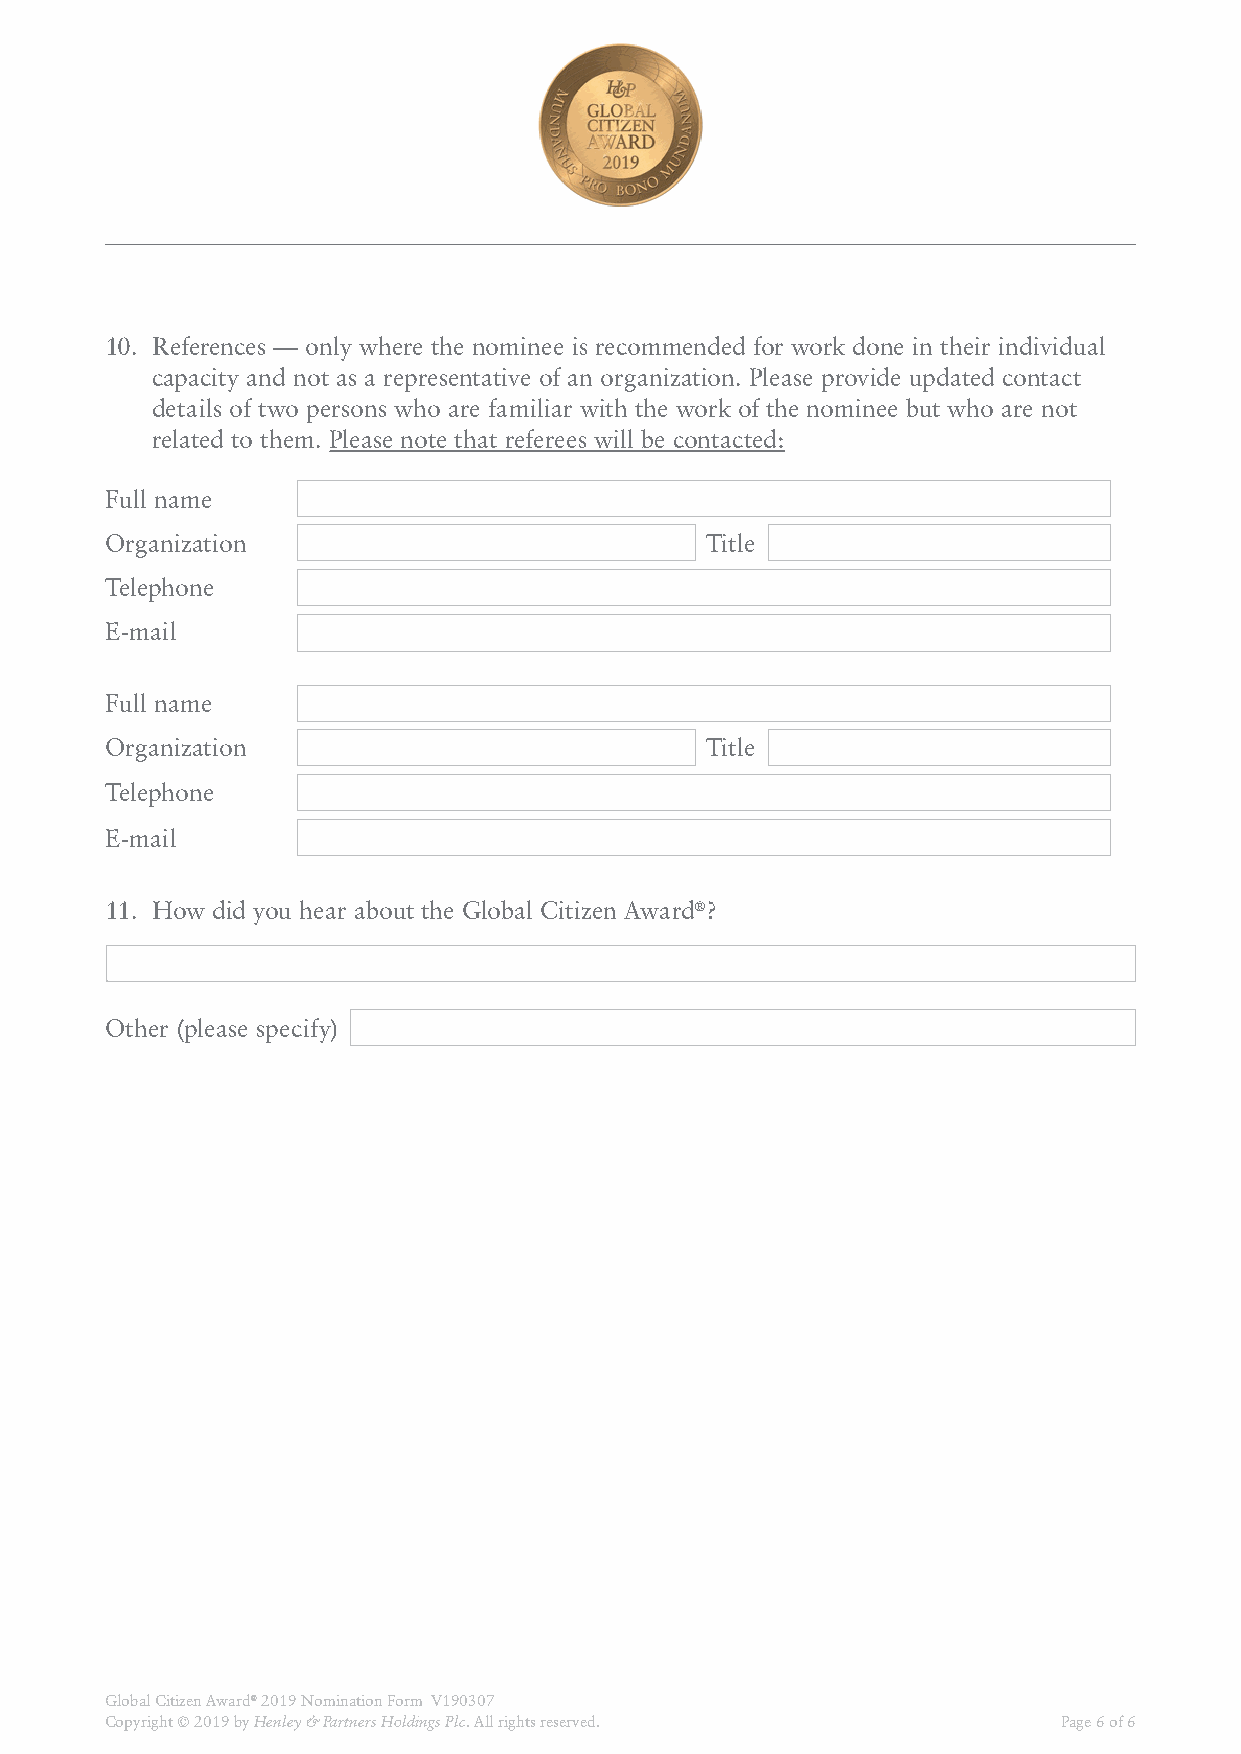
10. References — only where the nominee is recommended for work done in their individual
 capacity and not as a representative of an organization. Please provide updated contact
 details of two persons who are familiar with the work of the nominee but who are not
 related to them. Please note that referees will be contacted:
 Full name
 Organization                            Title
 Telephone
 E-mail
 Full name
 Organization                            Title
 Telephone
 E-mail
 11. How did you hear about the Global Citizen Award®?
 Other (please specify)
 Global Citizen Award® 2019 Nomination Form V190307
 Copyright © 2019 by Henley & Partners Holdings Plc. All rights reserved. Page 6 of 6